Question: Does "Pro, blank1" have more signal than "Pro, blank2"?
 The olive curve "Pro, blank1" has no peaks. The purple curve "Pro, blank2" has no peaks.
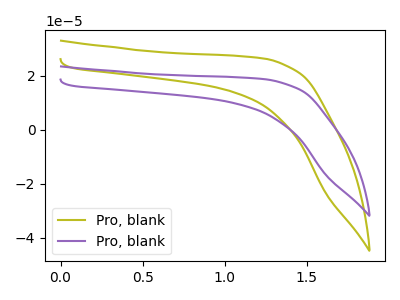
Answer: <think>Neither "Pro, blank1" or "Pro, blank2" have any peaks.
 </think>
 <answer>I cant tell if "Pro, blank1" or "Pro, blank2" has more signal.</answer>
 <eval>mixed_signal</eval>